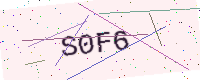
Text: S0F6